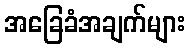
အခြေခံအချက်များ